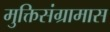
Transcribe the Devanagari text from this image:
मुक्तिसंग्रामास